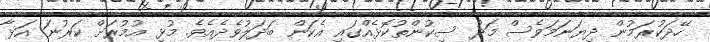
ހޭދަކުރަމުން ދިޔަނަމަވެސް މަދު ސިކުންތުކޮޅެއްގައި އެކަން ބަދަލުވެދެއެވެ. މުޅި އުމުރަށް ކަރުނަ އަޅާ